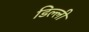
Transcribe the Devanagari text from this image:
डिल्ली